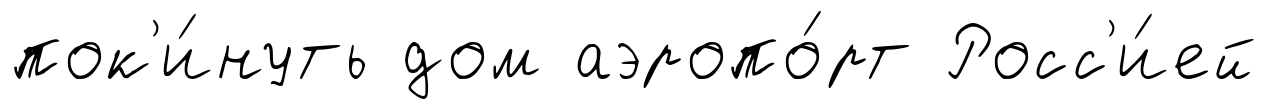
пок'и́нуть дом аэропо́рт Росс'и́ей